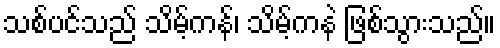
သစ်ပင်သည် သိမ့်ကန်၊ သိမ့်ကနဲ ဖြစ်သွားသည်။